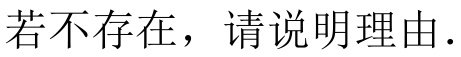
若不存在，请说明理由.